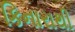
કિનારાથી